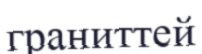
граниттей